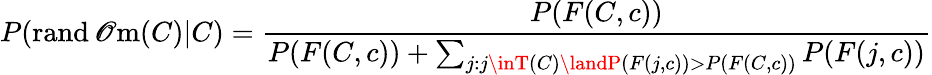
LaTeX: P(\operatorname{rand\mathscr{O}m}(C)|C)={\frac{{P(F(C,c))}}{{P(F(C,c))+\sum_{j:j\inT(C)\landP(F(j,c))>P(F(C,c))}P(F(j,c))}}}